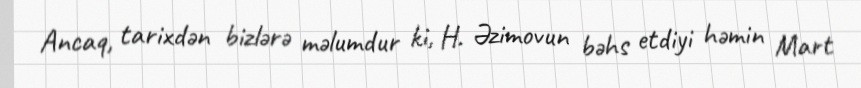
Ancaq, tarixdən bizlərə məlumdur ki, H. Əzimovun bəhs etdiyi həmin Mart